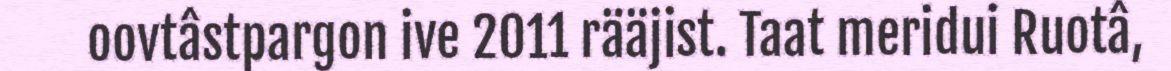
oovtâstpargon ive 2011 rääjist. Taat meridui Ruotâ,